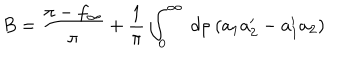
B = \frac { \pi - f _ { \infty } } { \pi } + \frac { 1 } { \pi } \int _ { 0 } ^ { \infty } ~ d \rho ~ ( a _ { 1 } a _ { 2 } ^ { \prime } - a _ { 1 } ^ { \prime } a _ { 2 } )